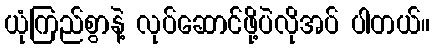
ယုံကြည်စွာနဲ့ လုပ်ဆောင်ဖို့ပဲလိုအပ် ပါတယ်။